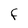
Character: F